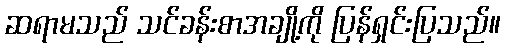
ဆရာမသည် သင်ခန်းစာအချို့ကို ပြန်ရှင်းပြသည်။